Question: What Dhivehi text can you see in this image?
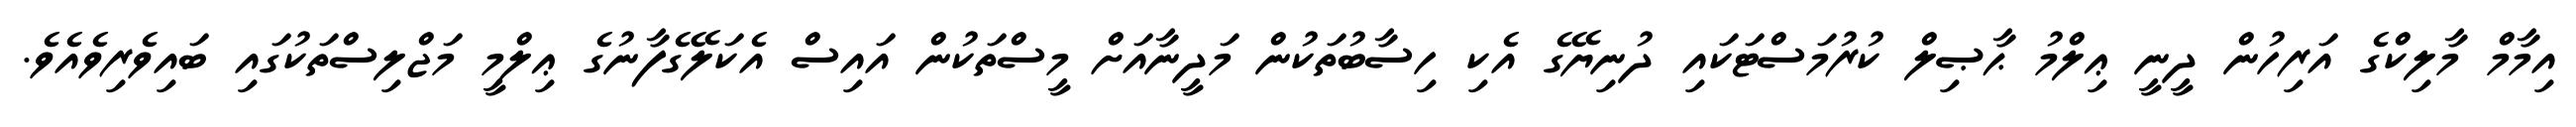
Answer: އިމާމް މާލިކްގެ އަރިހުން ދީނީ ޢިލްމު ޙާޞިލް ކުރުމަސްޓަކައި ދުނިޔޭގެ އެކި ހިސާބުތަކުން މަދީނާއަށް މީސްތަކުން އައިސް އެކަލޭގެފާނުގެ ޢިލްމީ މަޖްލިސްތަކުގައި ބައިވެރިވެއެވެ.